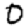
Digit: 0